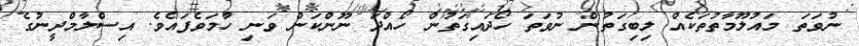
ނުވަތަ މައުލޫމާތުތަކެއް ލިބިގަތުން ނުވަތަ ހޯދައިގަތުން ހޯއްދަ ނޫންކަން ވަނި ހާމަވެފައެވެ. އިސްލާމްދީނުގެ